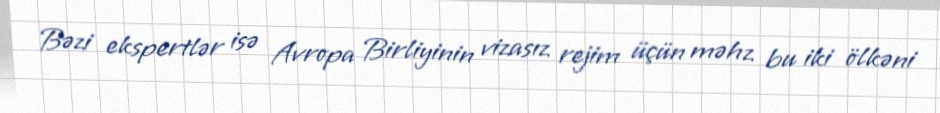
Bəzi ekspertlər isə Avropa Birliyinin vizasız rejim üçün məhz bu iki ölkəni